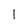
Character: l